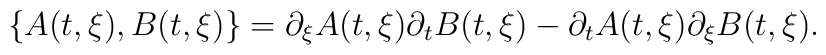
\lbrace A(t, \xi), B(t, \xi) \rbrace = \partial_{\xi}A(t, \xi)\partial_{t}B(t, \xi) -\partial_tA(t, \xi)\partial_{\xi}B(t, \xi).